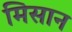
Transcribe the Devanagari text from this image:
मिसान